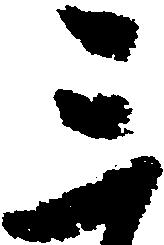
三